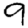
Digit: 9